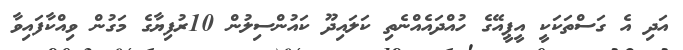
އަދި އެ ގަސްތަކަކީ އީޕީއޭގެ ހުއްދައެއްނެތި ކަލައިދޫ ކައުންސިލުން 10ރުފިޔާގެ މަގުން ވިއްކާފައިވާ